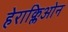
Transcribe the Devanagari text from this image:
हेराक्लिओन